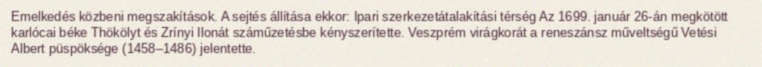
Emelkedés közbeni megszakítások. A sejtés állítása ekkor: Ipari szerkezetátalakítási térség Az 1699. január 26-án megkötött karlócai béke Thökölyt és Zrínyi Ilonát száműzetésbe kényszerítette. Veszprém virágkorát a reneszánsz műveltségű Vetési Albert püspöksége (1458–1486) jelentette.